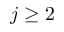
j \ge 2